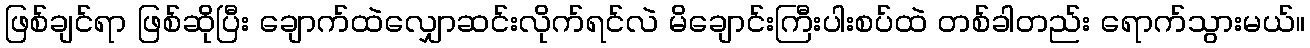
ဖြစ်ချင်ရာ ဖြစ်ဆိုပြီး ချောက်ထဲလျှောဆင်းလိုက်ရင်လဲ မိချောင်းကြီးပါးစပ်ထဲ တစ်ခါတည်း ရောက်သွားမယ်။